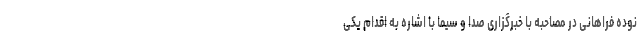
نوده فراهانی در مصاحبه با خبرگزاری صدا و سیما با اشاره به اقدام یکی